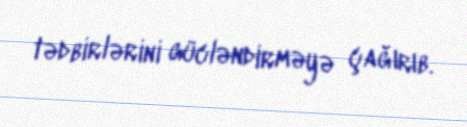
tədbirlərini gücləndirməyə çağırıb.